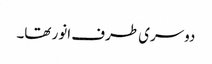
دوسری طرف انور تھا۔